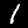
Digit: 1